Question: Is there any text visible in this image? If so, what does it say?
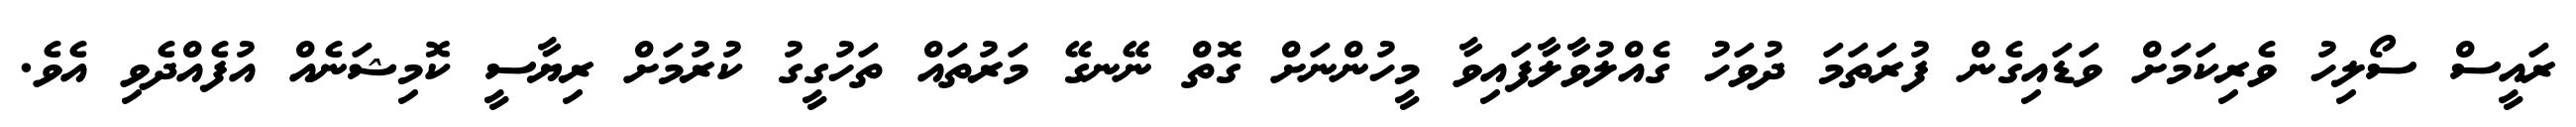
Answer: ރައީސް ސޯލިހު ވެރިކަމަށް ވަޑައިގެން ފުރަތަމަ ދުވަހު ގެއްލުވާލާފައިވާ މީހުންނަށް ގޮތް ނޭނގޭ މަރުތައް ތަހުގީގު ކުރުމަށް ރިޔާސީ ކޮމިޝަނެއް އުފެއްދެވި އެވެ.